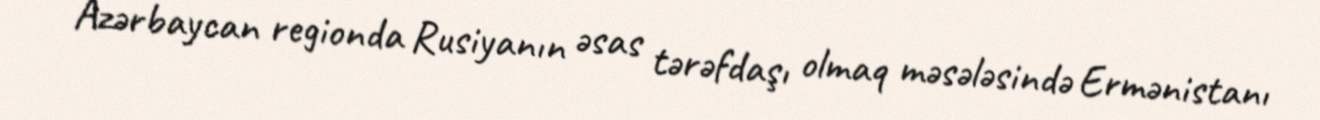
Azərbaycan regionda Rusiyanın əsas tərəfdaşı olmaq məsələsində Ermənistanı